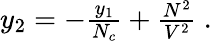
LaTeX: \begin{array}{r}{y_{2}=-\frac{y_{1}}{N_{c}}+\frac{N^{2}}{V^{2}}~.}\end{array}